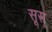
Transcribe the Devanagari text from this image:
सूस्